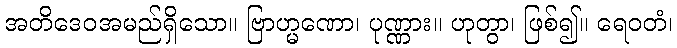
အတိဒေဝအမည်ရှိသော။ ဗြာဟ္မဏော၊ ပုဏ္ဏား။ ဟုတွာ၊ ဖြစ်၍။ ရေဝတံ၊